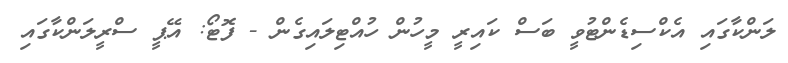
ލަންކާގައި އެކްސިޑެންޓުވީ ބަސް ކައިރީ މީހުން ހުއްޓިލައިގެން - ފޮޓޯ: އޭޕީ ސްރީލަންކާގައި